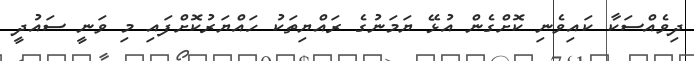
ދިވެއްސަކާ ކައިވެނި ކޮށްގެން އުޅޭ ޔަމަނުގެ ރައްޔިތަކު ހައްޔަރުކޮށްފައި މި ވަނީ ސައުދީ